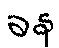
ခန